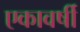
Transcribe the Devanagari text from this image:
एकावर्षी